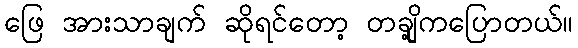
ဖြေ အားသာချက် ဆိုရင်တော့ တချို့ကပြောတယ်။